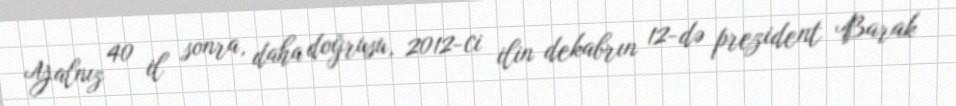
Yalnız 40 il sonra, daha doğrusu, 2012-ci ilin dekabrın 12-də prezident Barak